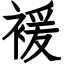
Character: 褑